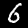
Digit: 6